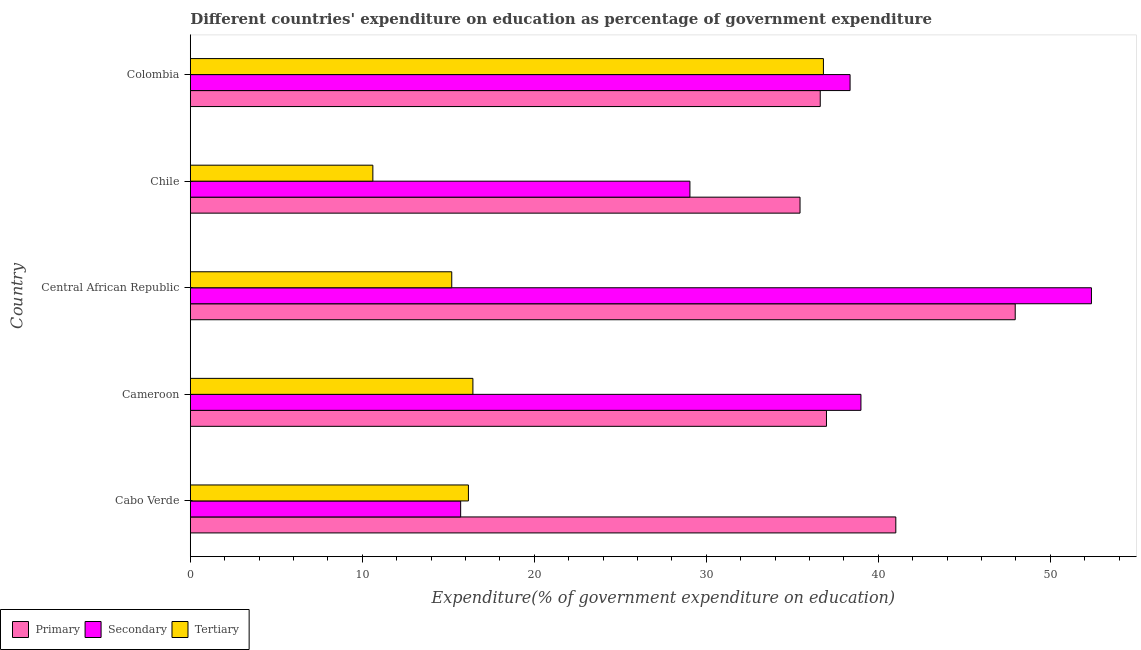
| Country | Primary | Secondary | Tertiary |
 | --- | --- | --- | --- |
 | Cabo Verde | 41 | 15.7 | 16.2 |
 | Cameroon | 37 | 39 | 16.4 |
 | Central African Republic | 48 | 52.4 | 15.2 |
 | Chile | 35.5 | 29.1 | 10.6 |
 | Colombia | 36.6 | 38.4 | 36.8 |